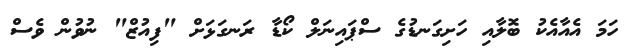
ހަމަ އެއާއެކު ބޮލާއި ހަށިގަނޑުގެ ސްޕައިނަލް ކޯޑާ ރަނގަޅަށް "ފިއުޒް" ނުވުން ވެސް